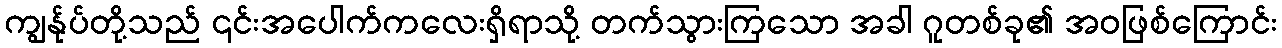
ကျွန်ုပ်တို့သည် ၎င်းအပေါက်ကလေးရှိရာသို့ တက်သွားကြသော အခါ ဂူတစ်ခု၏ အဝဖြစ်ကြောင်း